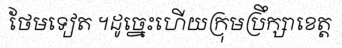
ថែមទៀត ។ដូច្នេះហើយក្រុមប្រឹក្សាខេត្ត